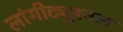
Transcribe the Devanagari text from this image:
लांगीट्युडनल